Indian Civil Veterinary Department memoirs
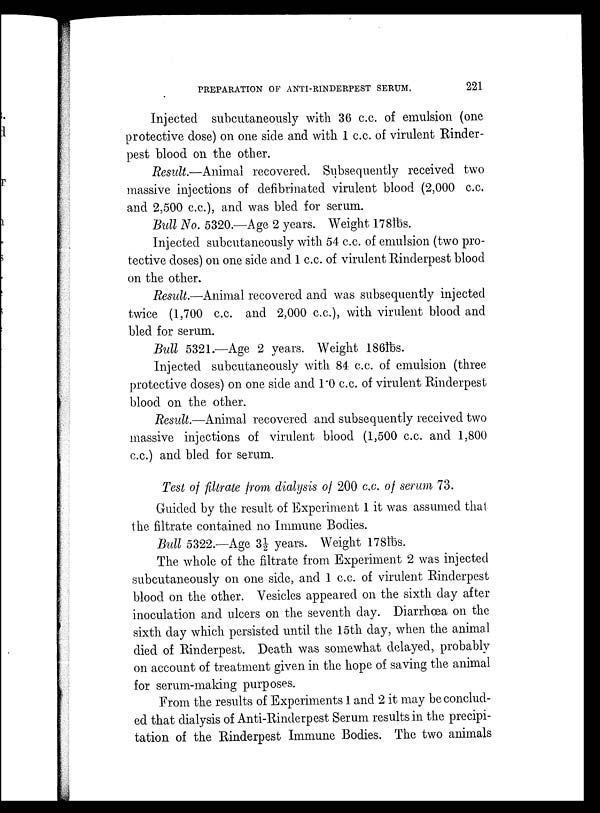
PREPARATION OF ANTI-RINDERPEST SERUM.
221
Injected subcutaneously with 36 c.c. of emulsion (one
protective dose) on one side and with 1 c.c. of virulent Rinder-
pest blood on the other.
Result.—Animal recovered. Subsequently received two
massive injections of defibrinated virulent blood (2,000 c.c.
and 2,500 c.c), and was bled for serum.
Bull No. 5320.—Age 2 years. Weight 178lbs.
Injected subcutaneously with 54 c.c. of emulsion (two pro-
tective doses) on one side and 1 c.c. of virulent Rinderpest blood
on the other.
Result.—Animal recovered and was subsequently injected
twice (1,700 c.c. and 2,000 c.c), with virulent blood and
bled for serum.
Bull 5321.—Age 2 years. Weight 186lbs.
Injected subcutaneously with 84 c.c. of emulsion (three
protective doses) on one side and 1.0 c.c of virulent Rinderpest
blood on the other.
Result.—Animal recovered and subsequently received two
massive injections of virulent blood (1,500 c.c. and 1,800
c.c) and bled for serum.
Test of filtrate from dialysis of 200 c.c. of serum 73.
Guided by the result of Experiment 1 it was assumed that
the filtrate contained no Immune Bodies.
Bull 5322.—Age 3½ years. Weight 178lbs.
The whole of the filtrate from Experiment 2 was injected
subcutaneously on one side, and 1 c.c. of virulent Rinderpest
blood on the other. Vesicles appeared on the sixth day after
inoculation and ulcers on the seventh day. Diarrhœa on the
sixth day which persisted until the 15th day, when the animal
died of Rinderpest. Death was somewhat delayed, probably
on account of treatment given in the hope of saving the animal
for serum-making purposes.
From the results of Experiments 1 and 2 it may be conclud-
ed that dialysis of Anti-Rinderpest Serum results in the precipi-
tation of the Rinderpest Immune Bodies. The two animals